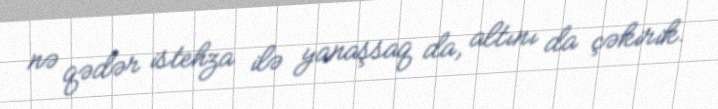
nə qədər istehza ilə yanaşsaq da, altını da çəkirik.